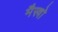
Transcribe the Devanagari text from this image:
मैस्त्रो